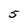
Character: 5